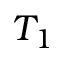
T _ { 1 }